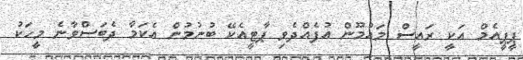
ޕީޕީއެމް އަކީ ރައީސް މައުމޫން އުފެއްދެވި ޕާޓީއެކޭ ބުނުމުން އެކަމާ ދެބަސްވާނެ މީހަކު